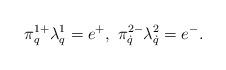
LaTeX: \begin{align*}\pi^{1+}_{q}\lambda^1_q=e^+,\ \pi^{2-}_{\dot q}\lambda^2_{\dot q}=e^-.\end{align*}